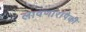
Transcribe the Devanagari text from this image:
लावणारांपैकी